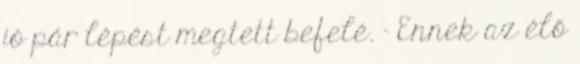
jó pár lépést megtett befelé. - Ennek az élő